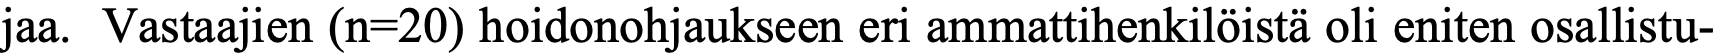
jaa. Vastaajien (n=20) hoidonohjaukseen eri ammattihenkilöistä oli eniten osallistu-